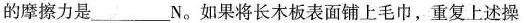
的摩擦力是___N。如果将长木板表面铺上毛巾，重复上述